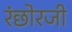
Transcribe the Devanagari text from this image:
रंछोरजी